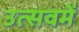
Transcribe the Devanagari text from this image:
उत्सवमें